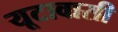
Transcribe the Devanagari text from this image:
यूटावासी